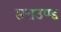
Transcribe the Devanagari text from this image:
सराउण्ड